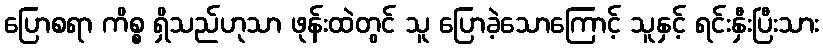
ပြောစရာ ကိစ္စ ရှိသည်ဟုသာ ဖုန်းထဲတွင် သူ ပြောခဲ့သောကြောင့် သူနှင့် ရင်းနှီးပြီးသား